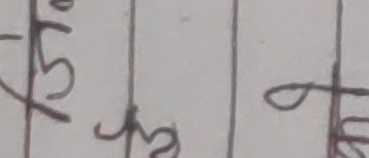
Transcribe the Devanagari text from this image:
७५३९